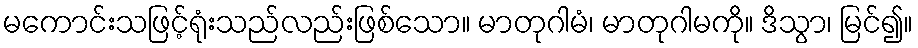
မကောင်းသဖြင့်ရုံးသည်လည်းဖြစ်သော။ မာတုဂါမံ၊ မာတုဂါမကို။ ဒိသွာ၊ မြင်၍။